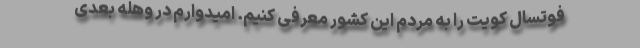
فوتسال کویت را به مردم این کشور معرفی کنیم. امیدوارم در وهله بعدی